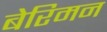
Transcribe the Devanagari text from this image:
बेरिमन